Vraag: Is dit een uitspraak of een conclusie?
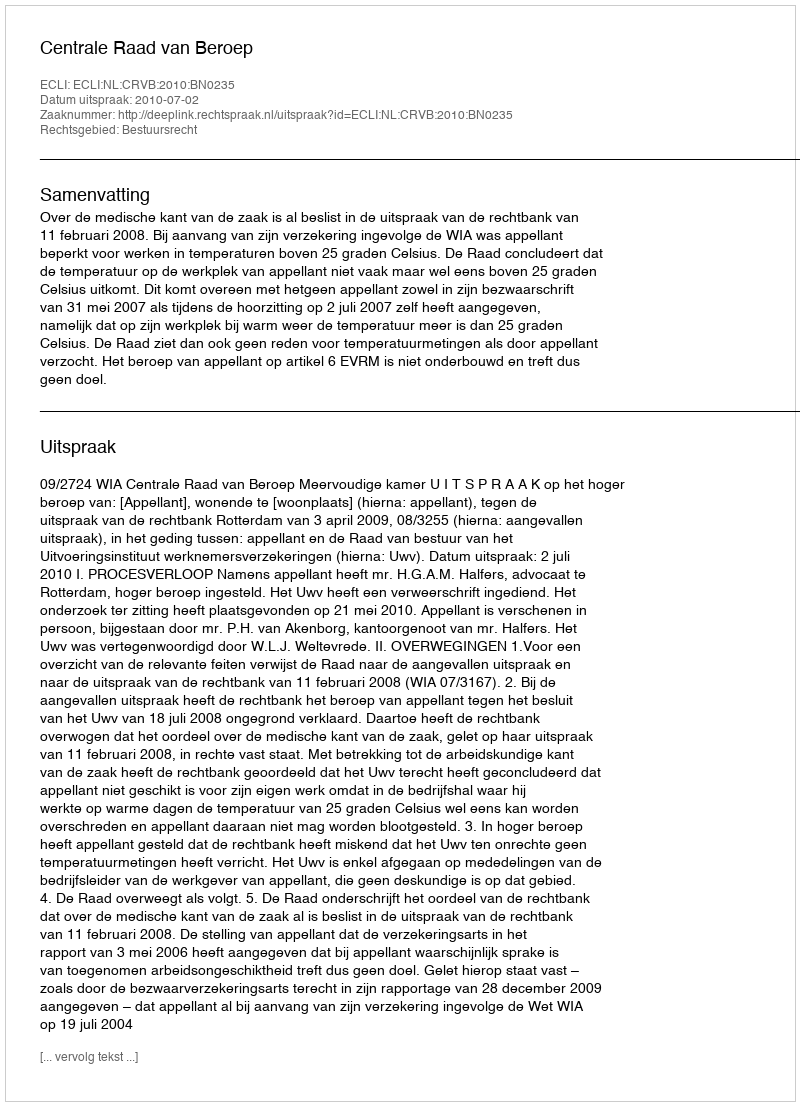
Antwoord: Uitspraak